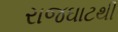
રાજઘાટથી